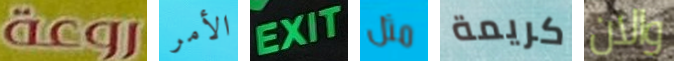
روعة الأمر EXIT مثل كريمة والان